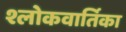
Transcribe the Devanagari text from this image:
श्लोकवार्तिका